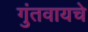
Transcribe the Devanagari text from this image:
गुंतवायचे